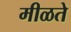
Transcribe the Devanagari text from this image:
मीळते